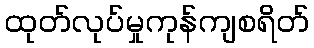
ထုတ်လုပ်မှုကုန်ကျစရိတ်